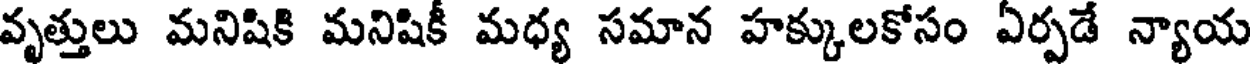
వృత్తులు మనిషికి మనిషికీ మధ్య సమాన హక్కులకోసం ఏర్పడే న్యాయ